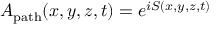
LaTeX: A _ { \mathrm { p a t h } } ( x , y , z , t ) = e ^ { i S ( x , y , z , t ) }